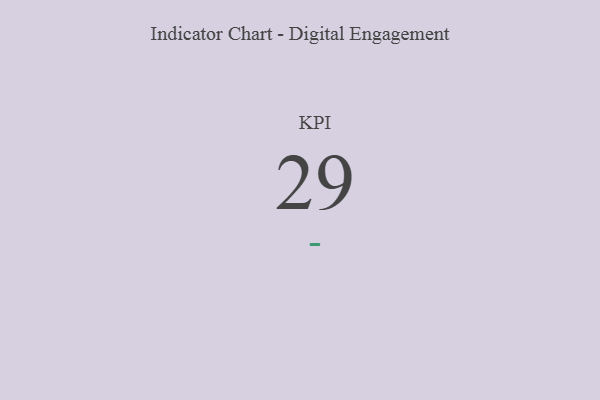
{"axis": {"x": "KPI", "y": "Value"}, "legend": [""], "data": [{"x": "KPI", "y": 29, "type": ""}]}